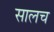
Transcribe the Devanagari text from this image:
सालच